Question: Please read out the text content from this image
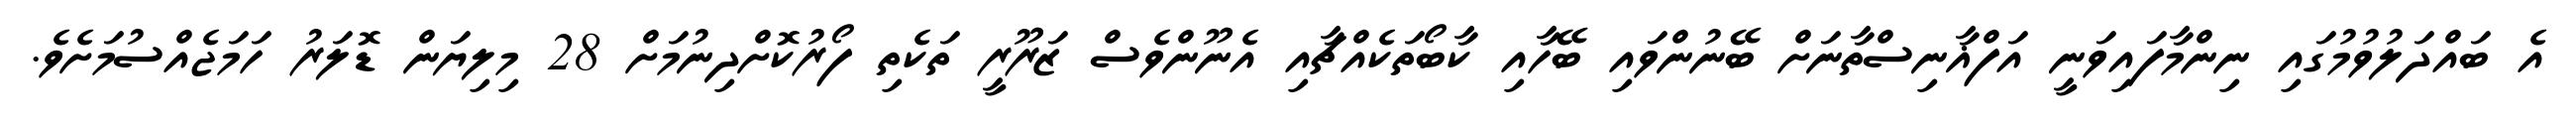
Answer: އެ ބައްދަލުވުމުގައި ނިންމާފައިވަނީ އަފްޣާނިސްތާނަށް ބޭނުންވައި ބޭހާއި ކާބޯތަކެއްޗާއި އެނޫންވެސް ޒަރޫރީ ތަކެތި ފޯރުކޮށްދިނުމަށް 28 މިލިޔަން ޑޮލަރު ހަމަޖެއްސުމަށެވެ.